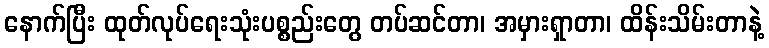
နောက်ပြီး ထုတ်လုပ်ရေးသုံးပစ္စည်းတွေ တပ်ဆင်တာ၊ အမှားရှာတာ၊ ထိန်းသိမ်းတာနဲ့